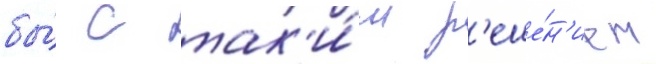
бы́ с так'и́м р'еше́н'ием